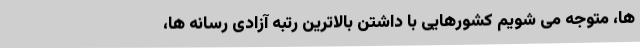
ها، متوجه می شویم کشورهایی با داشتن بالاترین رتبه آزادی رسانه ها،